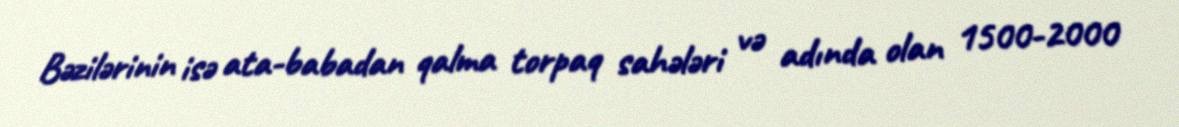
Bəzilərinin isə ata-babadan qalma torpaq sahələri və adında olan 1500-2000